system: You are a helpful assistant.
user:
Analyze the provided spectrum to determine if it is a **White Dwarf (WD)**.

A White Dwarf spectrum is defined by its **extreme purity** (due to gravitational settling) and/or **extreme pressure broadening** (due to high surface gravity). You must check for one of the following mutually exclusive signatures:

- **Key Visual Indicators (Check for ONE of these types):**

    - **1. DA-Type Signature (Most Common):**
        - **(Primary Feature):** Extreme pressure broadening (Stark broadening) of the **Hydrogen (H) Balmer lines**.
        - **(Key Lines):** $H\beta$ (approx. $4861$ Å) and $H\gamma$ (approx. $4340$ Å). $H\alpha$ (approx. $6563$ Å) will also be present if the wavelength range covers it.
        - **(Line Profile):** This is the **defining feature**. The lines are **NOT** sharp. They appear as massive, **extremely broad and deep "troughs" or "dips"** in the spectrum, often hundreds of Ångströms wide. The continuum will appear to "scoop" down at these wavelengths.
        - **(Distinction):** Normal A-type or B-type stars have *narrow* and *sharp* Hydrogen lines. A DA White Dwarf's lines are unmistakably "smeared" or "blurry" from pressure.

    - **2. DB-Type Signature:**
        - **(Primary Feature):** Broad absorption lines from **Neutral Helium (He I)**. The spectrum must lack any visible Hydrogen lines.
        - **(Key Lines):** Look for broad absorption near $4471$ Å, $4921$ Å, and $5876$ Å.
        - **(Line Profile):** These lines are also significantly pressure-broadened, appearing much wider than they would in a normal B-type main-sequence star.

    - **3. DC-Type Signature:**
        - **(Primary Feature):** A **featureless continuous spectrum**.
        - **(Line Profile):** The spectrum is a smooth curve with **no significant absorption or emission lines**.
        - **(Key Confirmation):** The continuum is almost always **blue or white**, indicating a hot object. This signature implies the atmosphere is so pure (or so cool) that no spectral lines are visible in the optical range. Its WD identity is confirmed by its extremely low intrinsic brightness (high absolute magnitude).

    - **4. DZ-Type Signature (Metal-Polluted):**
        - **(Primary Feature):** **Isolated, narrow metal absorption lines** on an otherwise featureless (DC-like) continuum.
        - **(Key Lines):** The **Calcium (Ca II) H & K doublet** (approx. **$3934$ Å** and **$3968$ Å**) is the most common and defining feature.
        - **(Line Profile):** These lines are "out of place." They are *not* part of a "forest" of thousands of lines. This signature is evidence of recent *accretion* (pollution) from rocky debris.
        - **(Distinction):** Normal G/K/M stars have a *dense forest* of thousands of metal lines. A DZ has a *clean* continuum with *only a few* strong metal lines.

    - **5. DQ-Type Signature (Carbon-Polluted):**
        - **(Primary Feature):** Absorption bands from **Carbon (C₂ "Swan Bands" or atomic C I)**.
        - **(Key Lines - C₂):** Look for bandheads with a "saw-tooth" shape near $5635$ Å, **$5165$ Å** (strongest), and $4737$ Å.
        - **(Key Confirmation):** The underlying **continuum must be blue or white** (hot).
        - **(Distinction):** This is the critical difference from a **Carbon Star**, which has the *exact same* C₂ bands but on an extremely **red, cool** continuum.

- **(Overall Spectrum):**
    - The continuum (overall shape) is typically **blue-sloping** (brighter in the blue than the red), as most white dwarfs are very hot.
    - The spectrum will look "pure" or "simple," dominated by only *one* of the five signatures listed above.

Think first, call **spectral_visualization_tool** if needed to examine features in detail, then provide your final answer. Your response must adhere to the following strict rules:
1.  **Overall Structure:** Your response must follow the format `<think>...</think> <tool_call>...</tool_call> (if a tool is used) <answer>...</answer>`.
2.  **Tool Usage Constraint:** You may only make **one** tool call per turn.
3.  **Final Answer Format:** In the `<answer>` tag, your conclusion must be inside a `\boxed{}` command (e.g., `\boxed{YES}` or `\boxed{NO}`), followed by your justification.

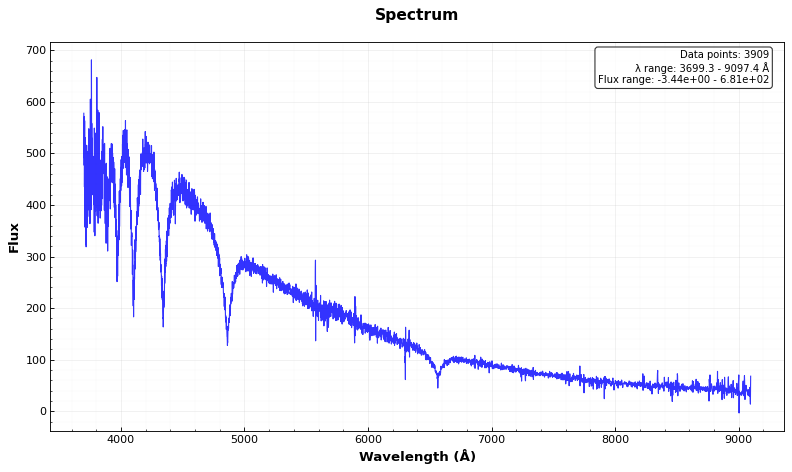
Answer: YES